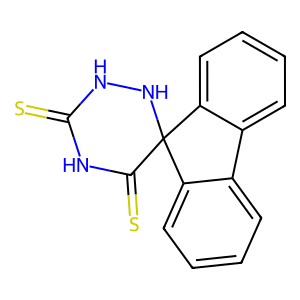
SMILES: S=C1NNC2(C(=S)N1)c1ccccc1-c1ccccc12
Inhibits HIV replication: No